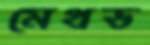
মেথড